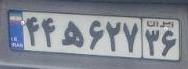
۴۴ه۶۲۷۳۶